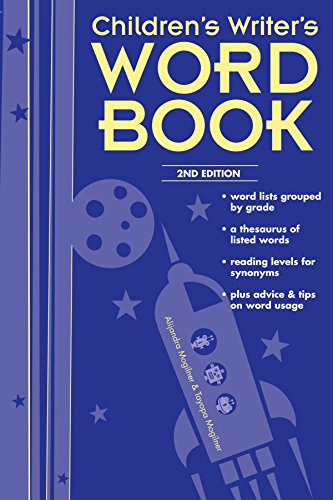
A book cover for Children's Writer's Word Book; Alijandra Mogilner; Reference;